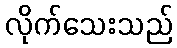
လိုက်သေးသည်